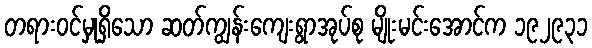
တရားဝင်မှုရှိသော ဆတ်ကျွန်းကျေးရွာအုပ်စု မျိုးမင်းအောင်က ၁၉၂၉၃၁